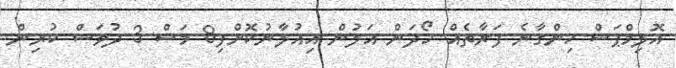
އޮލިމްޕަސް ހިންގާނެ ފަރާތެއް ހޯދަން އަލުން އިއުލާނުކޮށްފި8 މަސް 3 ދުވަސް ކުރިން.